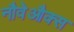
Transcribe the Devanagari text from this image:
नौवेऔक्स